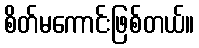
စိတ်မကောင်းဖြစ်တယ်။